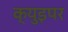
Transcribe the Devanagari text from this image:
क्युइपर